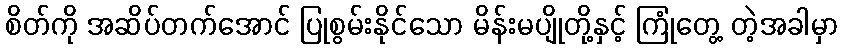
စိတ်ကို အဆိပ်တက်အောင် ပြုစွမ်းနိုင်သော မိန်းမပျိုတို့နှင့် ကြုံတွေ့ တဲ့အခါမှာ